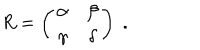
R = \left( \begin{array} { c c } { { \alpha } } & { { \beta } } \\ { { \gamma } } & { { \delta } } \\ \end{array} \right) \; .